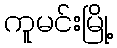
ကူမင်းမြို့